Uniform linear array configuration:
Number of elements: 8
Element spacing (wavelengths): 0.25
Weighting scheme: hann
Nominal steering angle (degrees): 0
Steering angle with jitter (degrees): -0.6483
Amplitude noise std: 0.05
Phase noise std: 0.05

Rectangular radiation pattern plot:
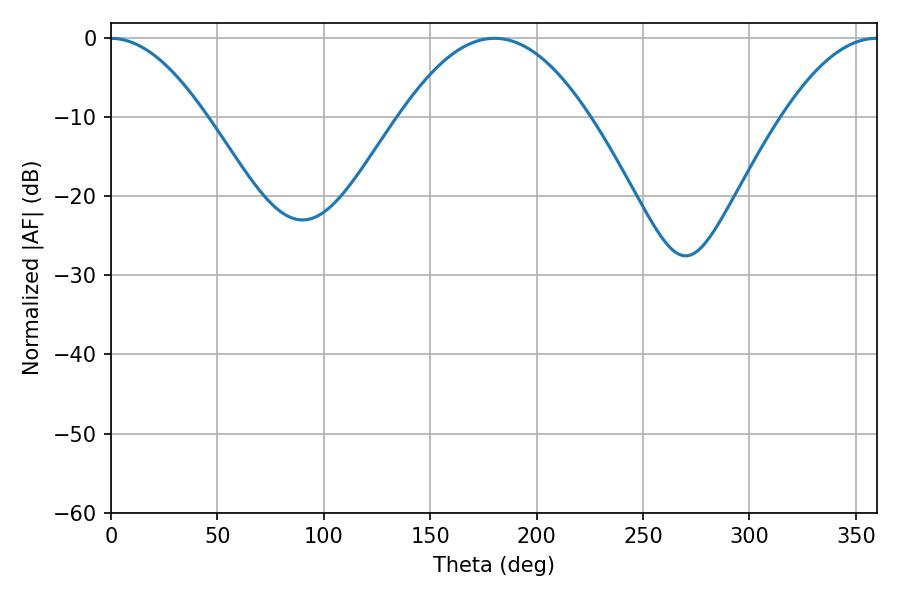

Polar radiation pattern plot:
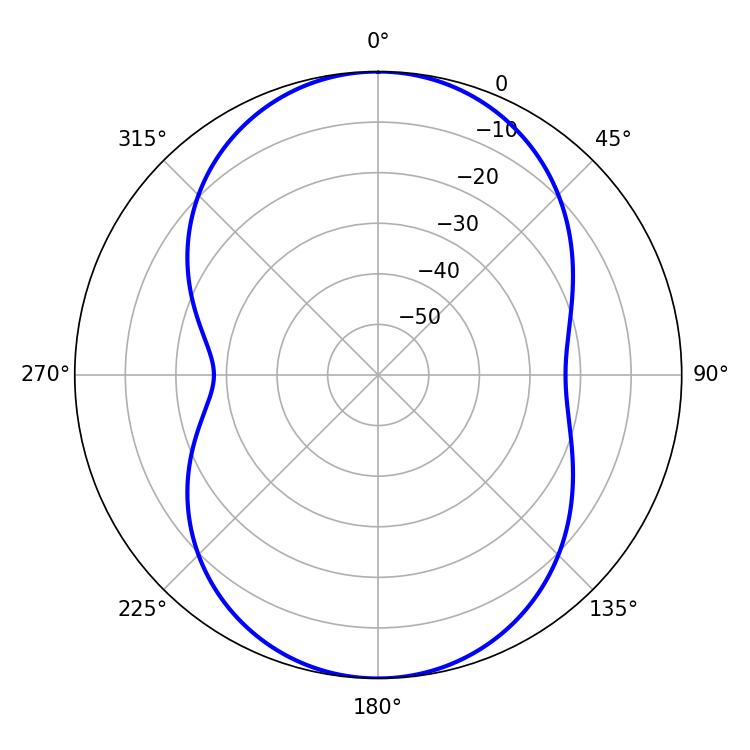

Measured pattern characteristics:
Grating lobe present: FALSE
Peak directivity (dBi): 29.214
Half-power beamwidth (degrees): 48.6
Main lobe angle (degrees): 180.18